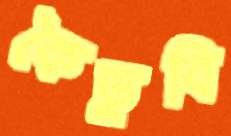
কৈডুবি